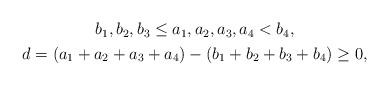
LaTeX: \begin{align*}\begin{gathered}b_1,b_2,b_3\le a_1,a_2,a_3,a_4<b_4,\\d=(a_1+a_2+a_3+a_4)-(b_1+b_2+b_3+b_4)\ge 0,\end{gathered}\end{align*}